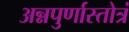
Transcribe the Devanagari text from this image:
अन्नपुर्णास्तोत्रं